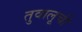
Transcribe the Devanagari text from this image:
तुवालूची